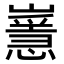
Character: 𡽸